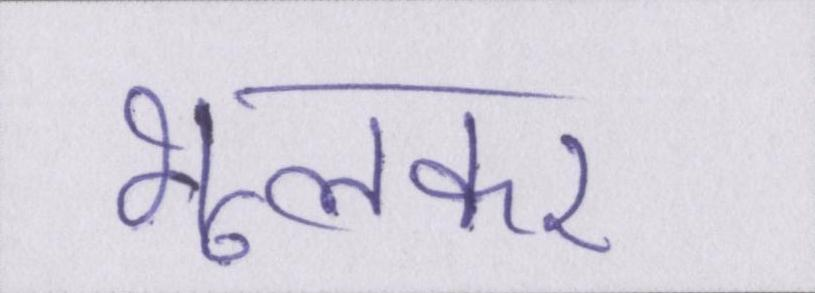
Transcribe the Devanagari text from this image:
भूलकर